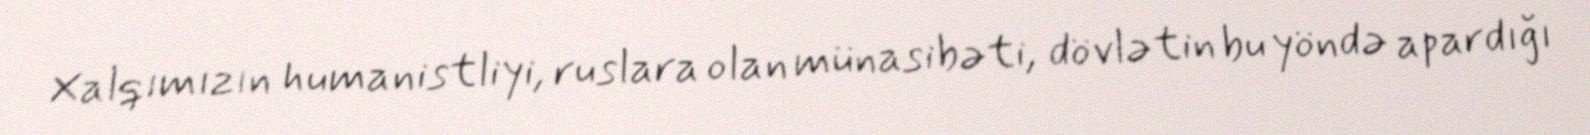
Xalqımızın humanistliyi, ruslara olan münasibəti, dövlətin bu yöndə apardığı